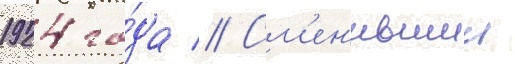
1924 го́да // См'ен'ившии